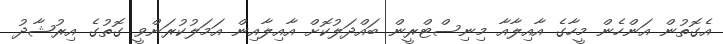
އެގޮތުން އަންހެން މީހާގެ އާއިލާއާ މިނިސްޓްރީން ބައްދަލުކޮށް އާއިލާއިން އަމަލުކުރަންވީ ގޮތުގެ އިރުޝާދު